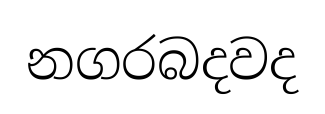
නගරබදවද